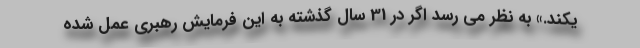
یکند.» به نظر می رسد اگر در 31 سال گذشته به این فرمایش رهبری عمل شده